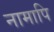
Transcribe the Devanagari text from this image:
नामापि